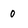
Character: o